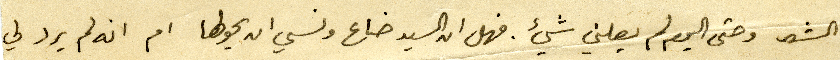
الشهر وحتى اليوم لم يصلني شيء . فهل ان السيد ضاع ونسي ان يحولها ام انه لم يرد لي